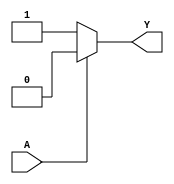
module single_variable_kmap (
    input wire A,  // Single binary input
    output wire Y  // Single binary output
);

// Assign the output based on the input variable A
assign Y = (A == 1'b0) ? 1'b1 : 1'b0; // Y0 = 1 when A = 0, Y1 = 0
// Alternatively, if you want Y to be 1 when A = 1
// assign Y = (A == 1'b1) ? 1'b1 : 1'b0; // Y1 = 1 when A = 1, Y0 = 0

endmodule